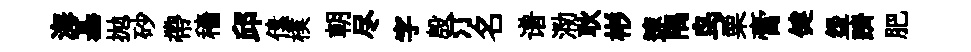
海基抛砂帶穡邱傃樸朝尽字殷汀名谱泐耿彬速隅鸟栗膏健盌躋肥